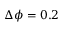
\Delta \phi = 0 . 2